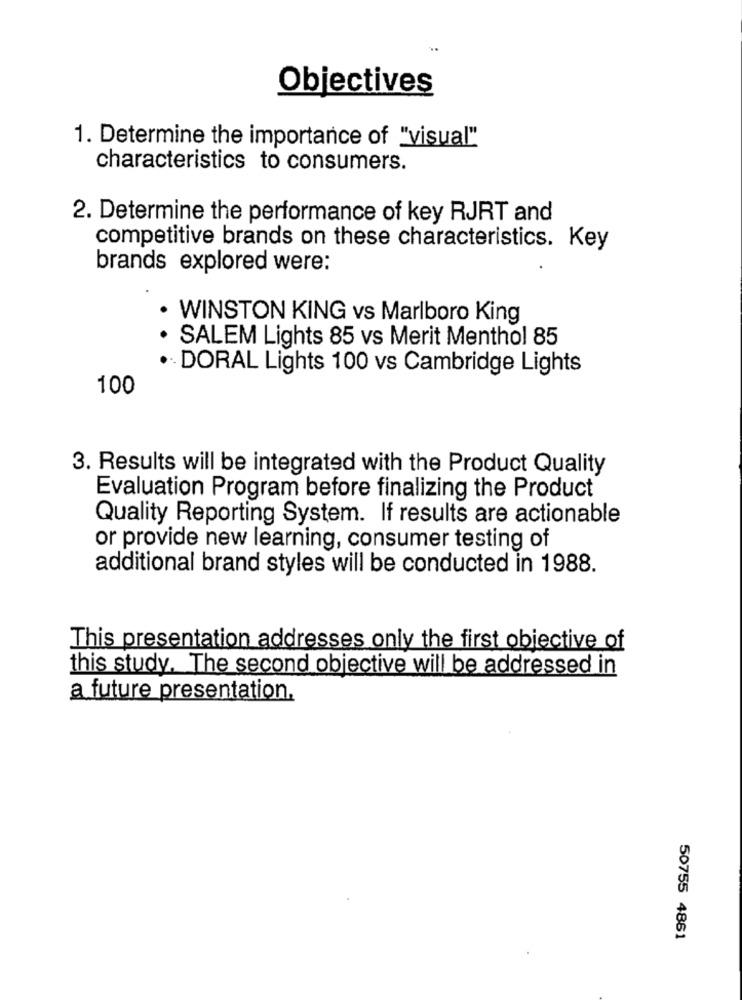
Objectives
1. Determine the importance of "visual"
characteristics to consumers.
2. Determine the performance of key RJRT and
competitive brands on these characteristics. Key
brands explored were:
WINSTON KING vs Marlboro King
· SALEM Lights 85 vs Merit Menthol 85
·· DORAL Lights 100 vs Cambridge Lights
100
3. Results will be integrated with the Product Quality
Evaluation Program before finalizing the Product
Quality Reporting System. If results are actionable
or provide new learning, consumer testing of
additional brand styles will be conducted in 1988.
This presentation addresses only the first objective of
this study. The second objective will be addressed in
a future presentation.
50755 4861